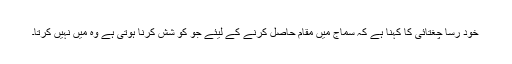
خود رسا چغتائی کا کہنا ہے کہ سماج میں مقام حاصل کرنے کے لیئے جو کو شش کرنا ہوتی ہے وہ میں نہیں کرتا۔